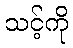
သင့်ကို